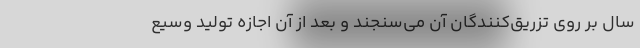
سال بر روی تزریق‌کنندگان آن می‌سنجند و بعد از آن اجازه تولید وسیع